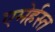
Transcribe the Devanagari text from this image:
एमेर्हस्त